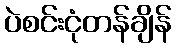
ပဲစင်းငုံတန်ချိန်